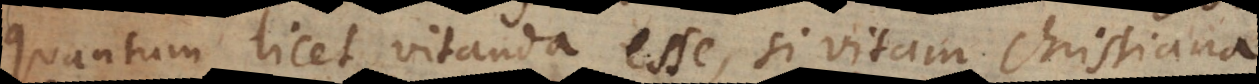
quantum licet vitanda esse, si vitam Christiana